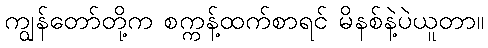
ကျွန်တော်တို့က စက္ကန့်ထက်စာရင် မိနစ်နဲ့ပဲယူတာ။